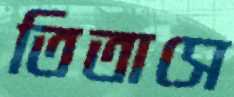
তিতাসে